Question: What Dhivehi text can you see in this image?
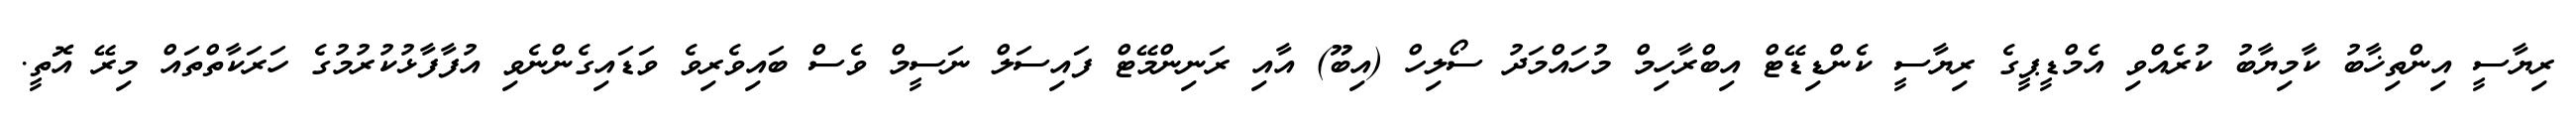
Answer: ރިޔާސީ އިންތިޚާބު ކާމިޔާބު ކުރެއްވި އެމްޑީޕީގެ ރިޔާސީ ކެންޑިޑޭޓް އިބްރާހިމް މުހައްމަދު ސޯލިހް (އިބޫ) އާއި ރަނިންމޭޓް ފައިސަލް ނަސީމް ވެސް ބައިވެރިވެ ވަޑައިގެންނެވި އުފާފާޅުކުރުމުގެ ހަރަކާތްތައް މިރޭ އޮތީ.